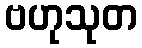
ဗဟုသုတ